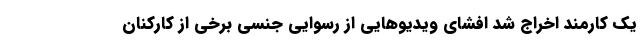
یک کارمند اخراج شد افشای ویدیوهایی از رسوایی جنسی برخی از کارکنان